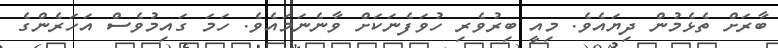
ބާރަށް ތެޅެމުން ދިޔައެވެ. މިއީ ބިރުވެރި ހުވަފެނަކަށް ވާނެނަމައެވެ. ހަމަ ގައިމުވެސް އަހަރެންގެ